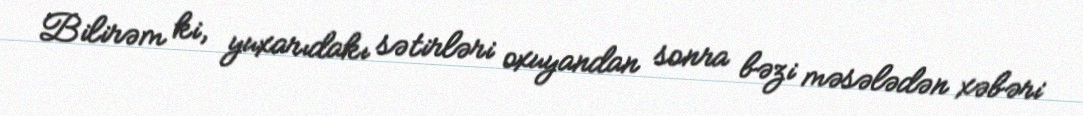
Bilirəm ki, yuxarıdakı sətirləri oxuyandan sonra bəzi məsələdən xəbəri